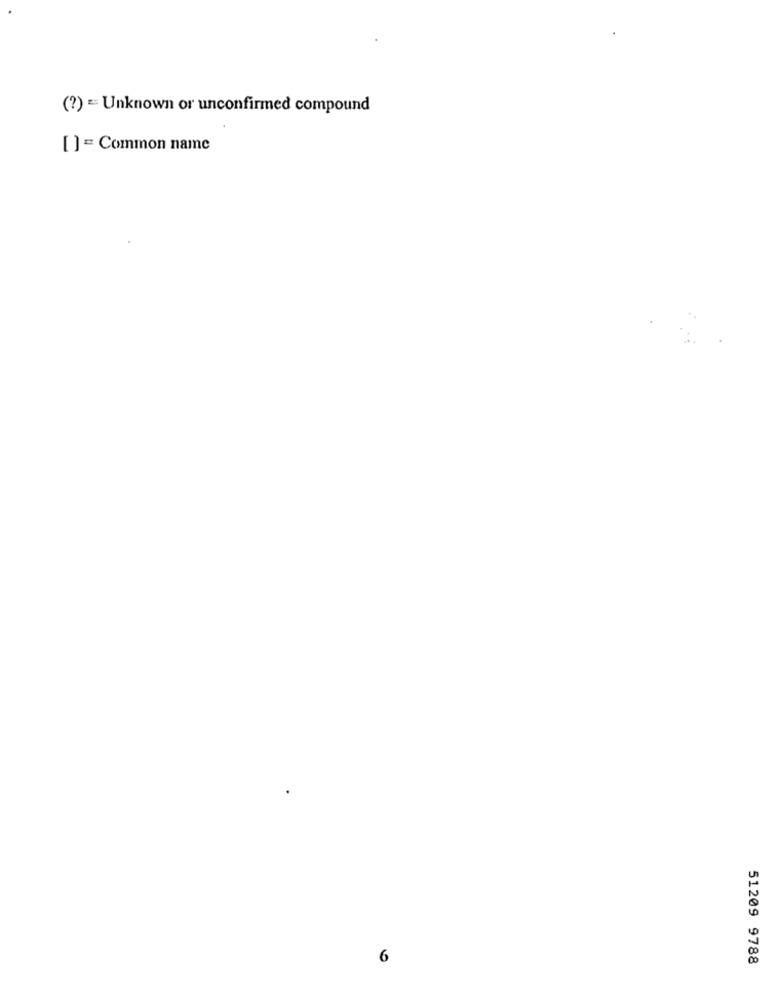
(?) = Unknown or unconfirmed compound
[] = Common name
6
51209 9788